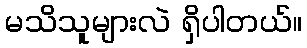
မသိသူများလဲ ရှိပါတယ်။